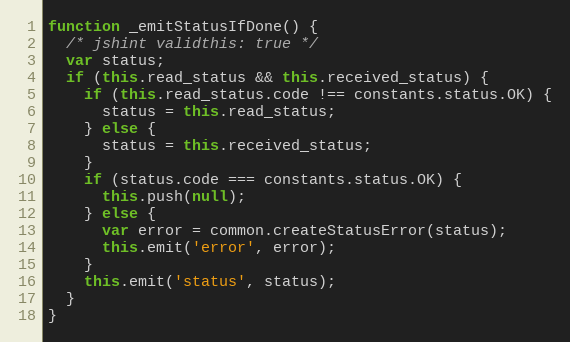
Language: JavaScript
function _emitStatusIfDone() {
  /* jshint validthis: true */
  var status;
  if (this.read_status && this.received_status) {
    if (this.read_status.code !== constants.status.OK) {
      status = this.read_status;
    } else {
      status = this.received_status;
    }
    if (status.code === constants.status.OK) {
      this.push(null);
    } else {
      var error = common.createStatusError(status);
      this.emit('error', error);
    }
    this.emit('status', status);
  }
}